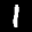
Label: 1